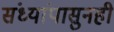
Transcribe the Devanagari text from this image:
संध्यांपासुनही